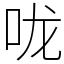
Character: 咙